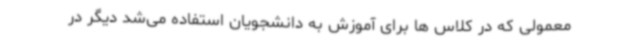
معمولی که در کلاس ها برای آموزش به دانشجویان استفاده می‌شد دیگر در